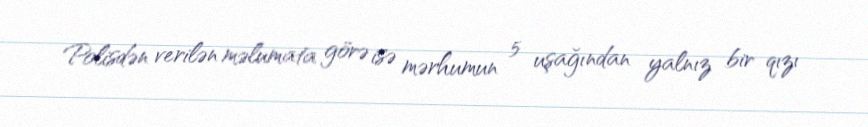
Polisdən verilən məlumata görə isə mərhumun 5 uşağından yalnız bir qızı